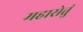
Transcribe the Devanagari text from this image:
महासेतुं